Elephants and their diseases
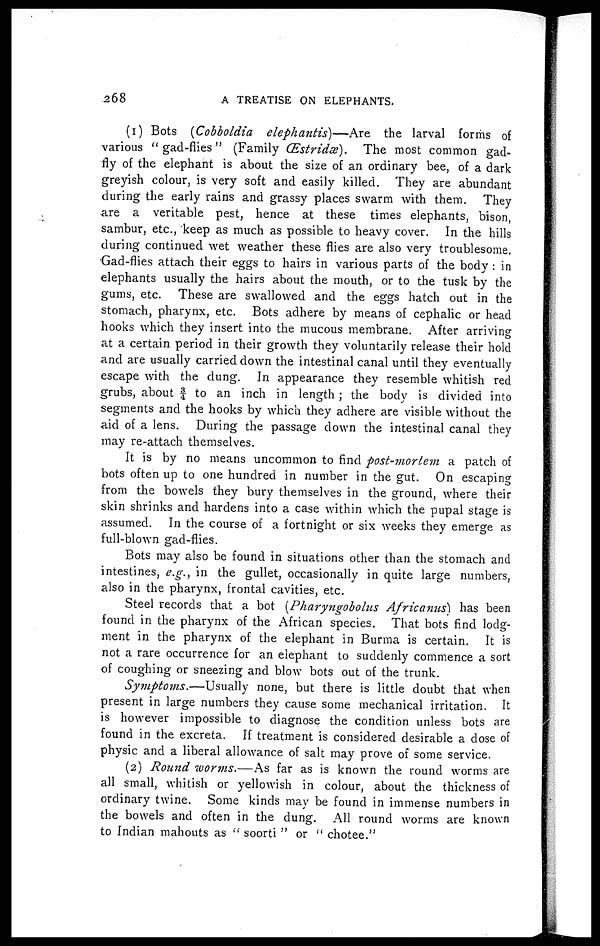
268
A TREATISE ON ELEPHANTS.
(1) Bots (Cobboldia elephantis)—Are
the larval forms of
various "gad-flies" (Family (Estridæ).
The most common gad-
fly of the elephant is about the size of an ordinary bee, of a dark
greyish colour, is very soft and easily killed. They are abundant
during the early rains and grassy places swarm with them. They
are a veritable pest, hence at these times elephants, bison,
sambur, etc., keep as much as possible to heavy cover. In the hills
during continued wet weather these flies are also very troublesome.
Gad-flies attach their eggs to hairs in various parts of the body : in
elephants usually the hairs about the mouth, or to the tusk by the
gums, etc. These are swallowed and the eggs hatch out in the
stomach, pharynx, etc. Bots adhere by means of cephalic or head
hooks which they insert into the mucous membrane. After arriving
at a certain period in their growth they voluntarily release their hold
and are usually carried down the intestinal canal until they eventually
escape with the dung. In appearance they resemble whitish red
grubs, about ¾ to an inch in length ; the body is divided into
segments and the hooks by which they adhere are visible without the
aid of a lens. During the passage down the intestinal canal they
may re-attach themselves.
It is by no means uncommon to find post-mortem a patch of
bots often up to one hundred in number in the gut. On escaping
from the bowels they bury themselves in the ground, where their
skin shrinks and hardens into a case within which the pupal stage is
assumed. In the course of a fortnight or six weeks they emerge as
full-blown gad-flies.
Bots may also be found in situations other than the stomach and
intestines, e.g., in the gullet, occasionally in quite large numbers,
also in the pharynx, frontal cavities, etc.
Steel records that a bot (Pharyngobolus Africanus) has been
found in the pharynx of the African species. That bots find lodg-
ment in the pharynx of the elephant in Burma is certain. It is
not a rare occurrence for an elephant to suddenly commence a sort
of coughing or sneezing and blow bots out of the trunk.
Symptoms.—Usually
none, but there is little doubt that when
present in large numbers they cause some mechanical irritation. It
is however impossible to diagnose the condition unless bots are
found in the excreta. If treatment is considered desirable a dose of
physic and a liberal allowance of salt may prove of some service.
(2) Round worms.—As far as is known the round worms are
all small, whitish or yellowish in colour, about the thickness of
ordinary twine. Some kinds may be found in immense numbers in
the bowels and often in the dung. All round worms are known
to Indian mahouts as " soorti " or " chotee."